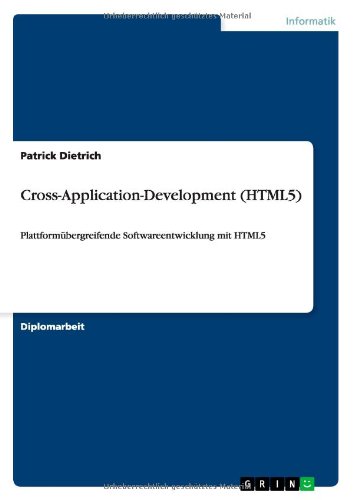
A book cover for Cross-Application-Development (Html5) (German Edition); Patrick Dietrich; Computers & Technology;